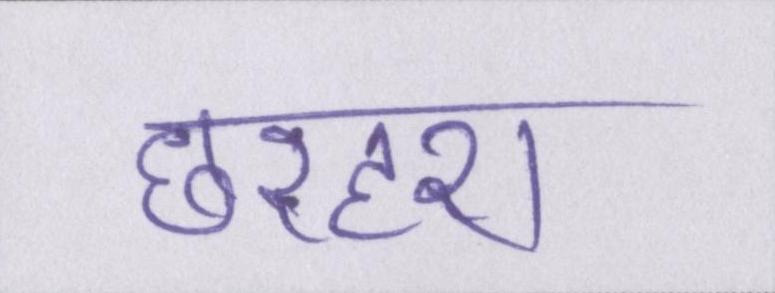
छरहरा